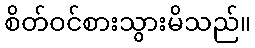
စိတ်ဝင်စားသွားမိသည်။